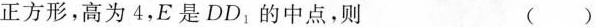
正方形，高为 4，E 是 DD_{1}的中点，则 ( )